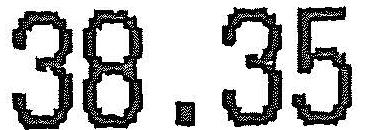
38.35